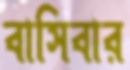
বাসিবার